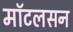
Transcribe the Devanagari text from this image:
मॉटलसन